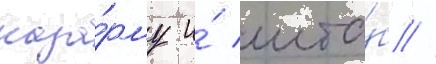
каза́рму и́ шта́б //